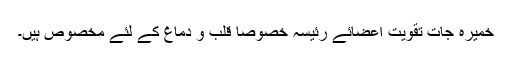
خمیرہ جات تقویتِ اعضائے رئیسہ خصوصاً قلب و دماغ کے لئے مخصوص ہیں۔